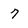
Character: 7